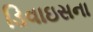
ડિવાઇસના